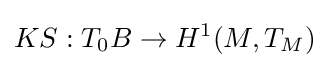
KS:T_{0}B\to H^{1}(M,T_{M})